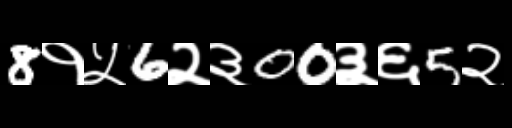
Text: 8१५6२३00३६5२